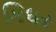
કિધર